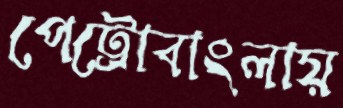
পেট্রোবাংলায়